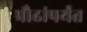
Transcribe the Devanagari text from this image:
प्रौढांपर्यंत